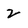
Character: 2